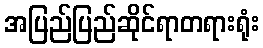
အပြည်ပြည်ဆိုင်ရာတရားရုံး